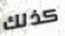
كذلك